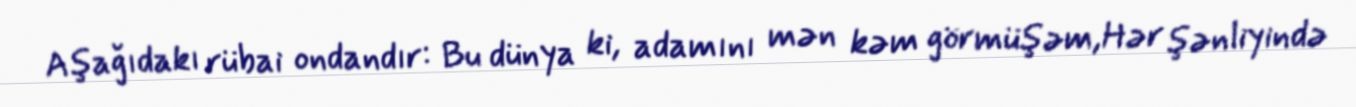
Aşağıdakı rübai ondandır: Bu dünya ki, adamını mən kəm görmüşəm,Hər şənliyində